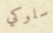
سلوكي